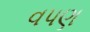
વપણ